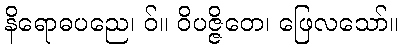
နိရောဓပညေ၊ ဝ်။ ဝိပဇ္ဇိတေ၊ ဖြေလသော်။